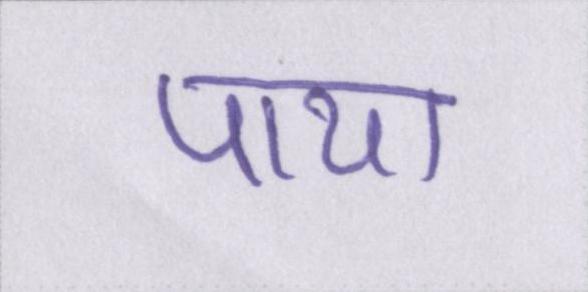
पाया